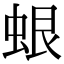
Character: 蛝